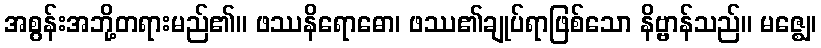
အစွန်းအဘို့တရားမည်၏။ ဖဿနိရောဓော၊ ဖဿ၏ချုပ်ရာဖြစ်သော နိဗ္ဗာန်သည်။ မဇ္ဈေ၊